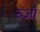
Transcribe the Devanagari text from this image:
रुआँ